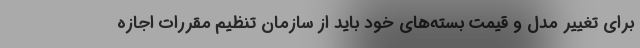
برای تغییر مدل و قیمت بسته‌های خود باید از سازمان تنظیم مقررات اجازه